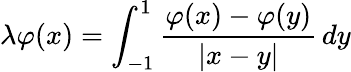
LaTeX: \lambda\varphi(x)=\int_{-1}^{1}{\frac{\varphi(x)-\varphi(y)}{|x-y|}}\, dy